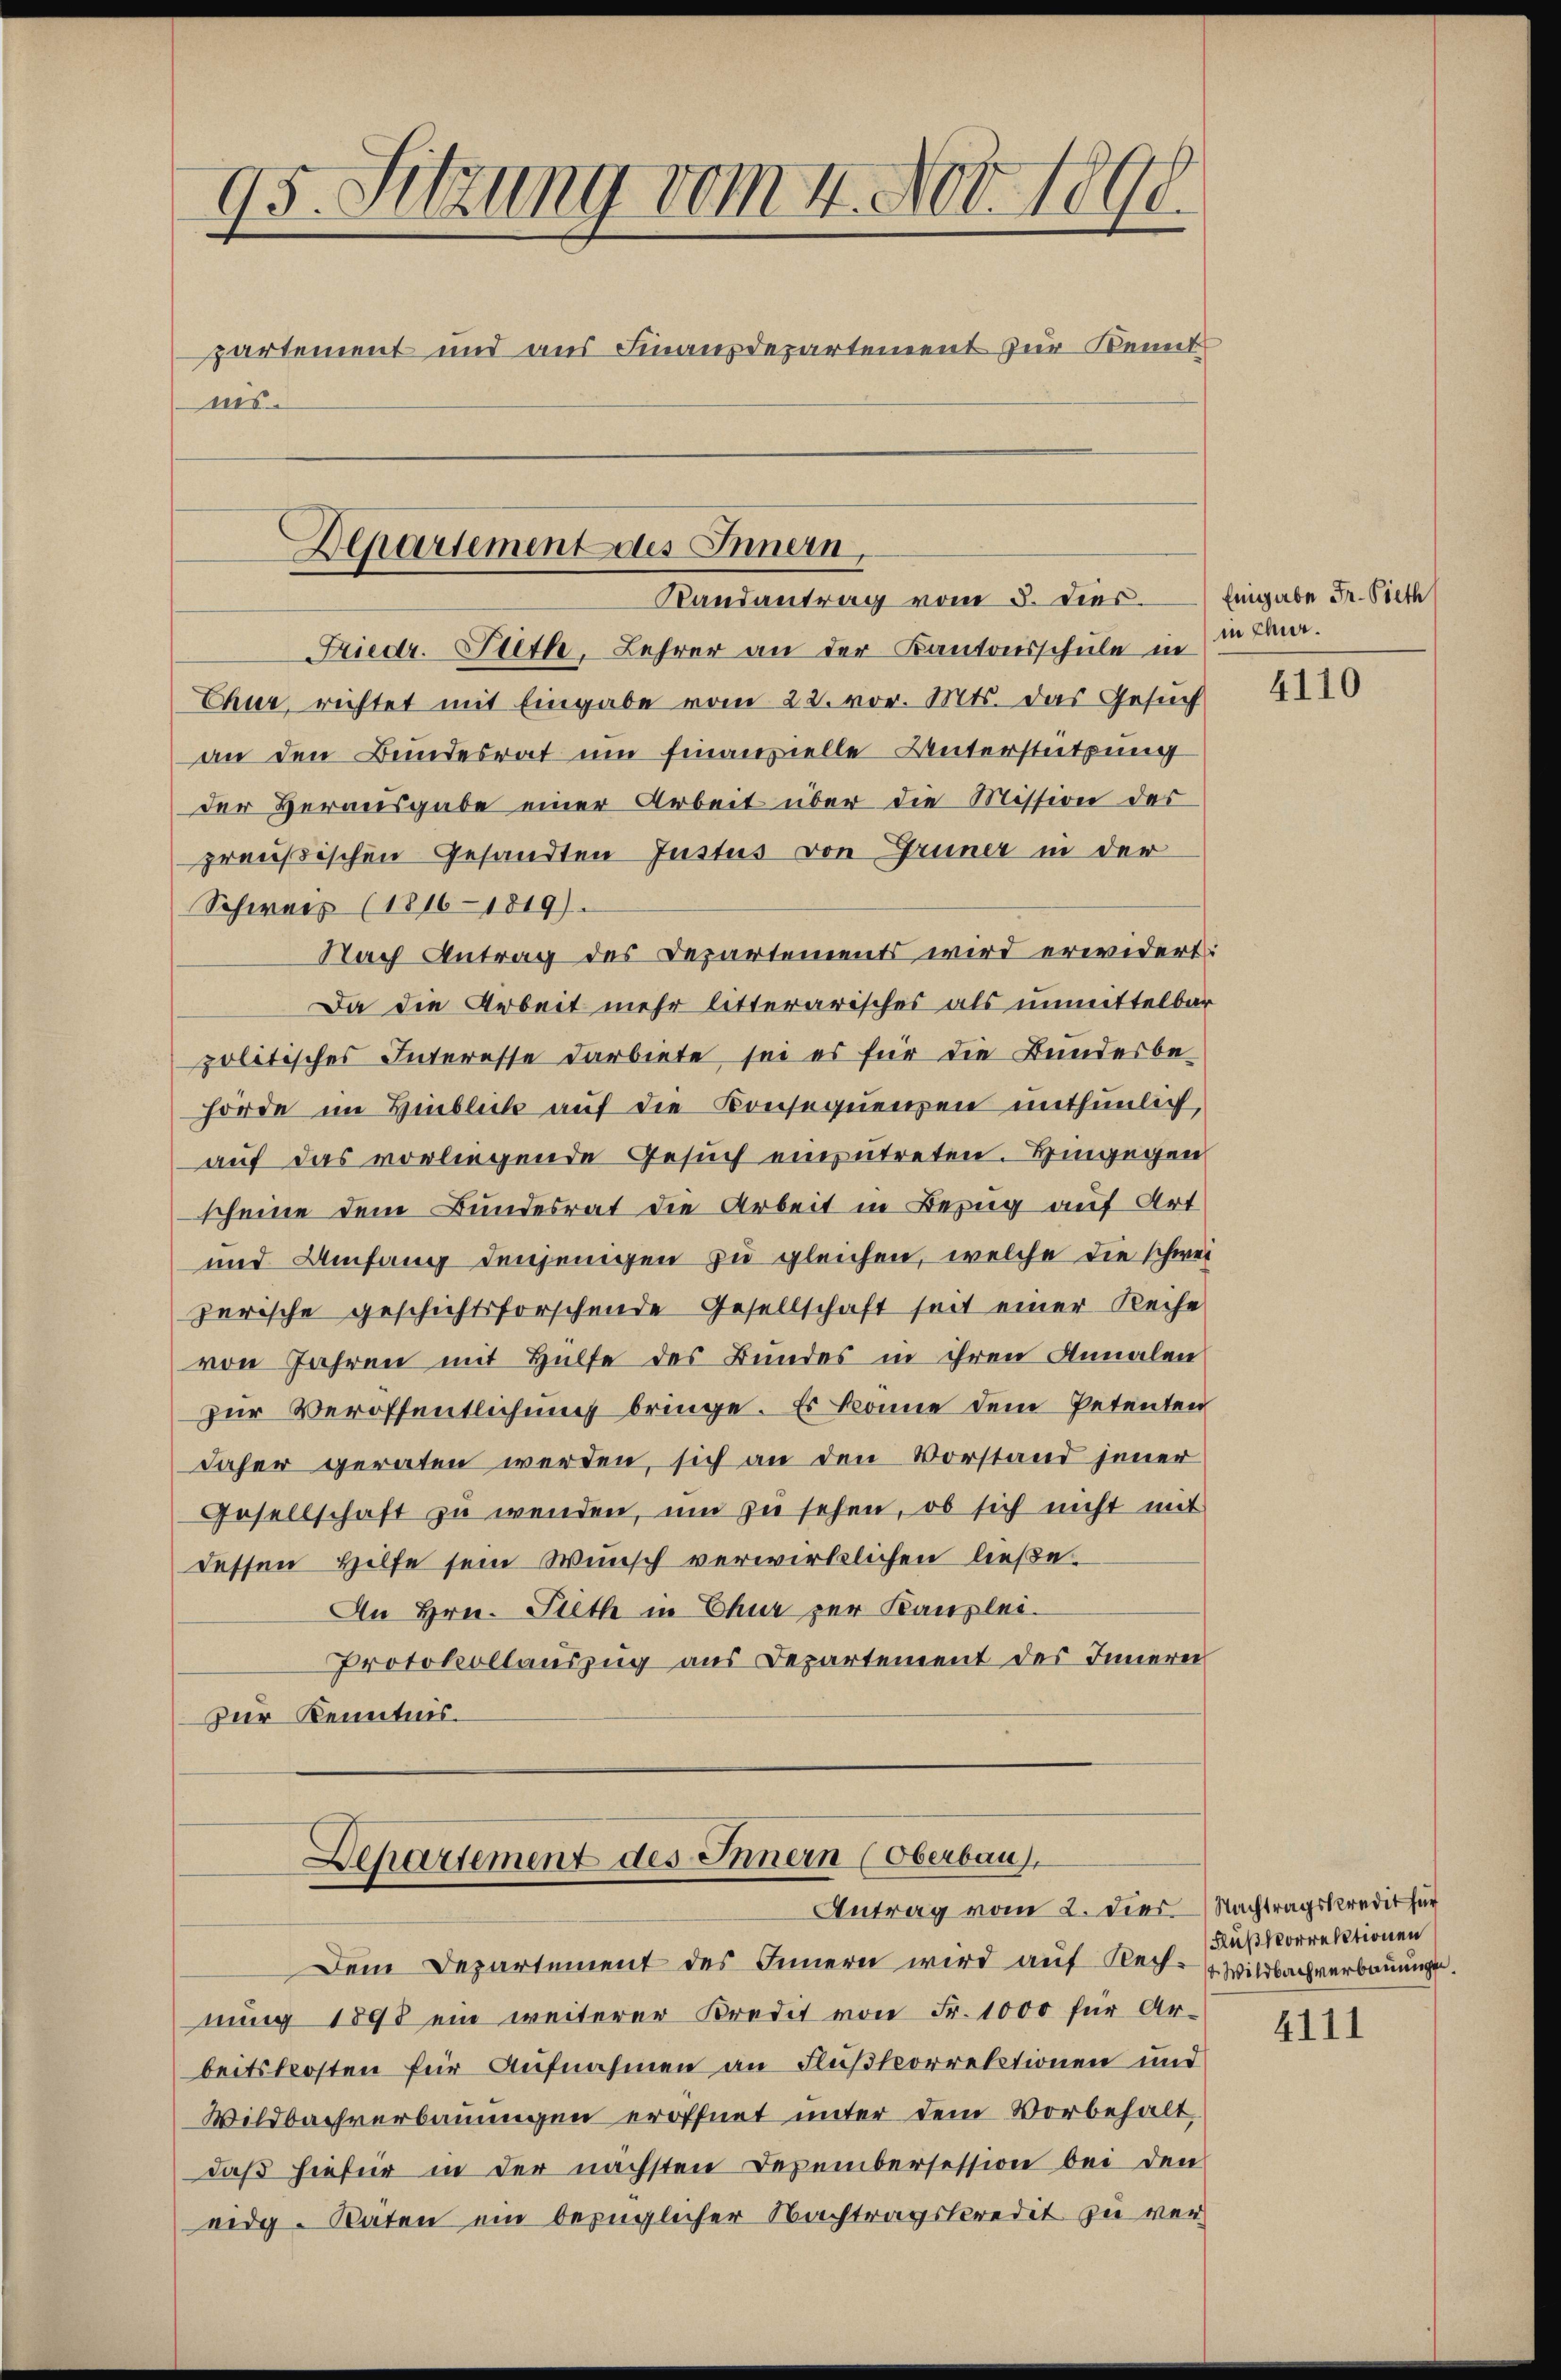
95. Sitzung vom 4. Nov. 1890.
partement und aus Finanzdepartement zur Kennt
nis

Departement des Innern,
Randantrag vom 8. dies

Friedr. Stith, Lehrer an der Kantonsschule in in Fr.
Chur, richtet mit Eingabe vom 22. vor. Mts. das Gesuch
an den Bundesrat um finanzielle Unterstützung
der Herausgabe einer Arbeit über die Mission des
preußischen Gesandten Justus von Grüner in der
Schwarz (1816–1819).
Nach Antrag des Departements wird erwidert
Da die Arbeit mehr litterarisches als unmittelbar
politisches Interesse darbiete sei es für die Bundesbe-
hörde im Hinblick auf die Konsequenzen unthunlich,
auf das vorliegende Gesuch einzutreten. Eingegen
scheine dem Bundesrat die Arbeit in Bezug auf Art
und Umfang denjenigen zu gleichen, welche die schwezerische geschichtsforschende Gesellschaft seit einer Reihe
von Jahren mit Hülfe des Bundes in ihren Annalen
zur Veröffentlichung bringe. Es könne dem Petenten
Jaher geraten werden, sich an den Vorstand jener
Gesellschaft zŭ wenden, um zu sehen, ob sich nicht mit
dessen Hilfe sein Wunsch verwirklichen ließe.
An Hrn. Peth in Chur per Kanzlei-
Protokollauszug aus Departement des Innerei
zur Kenntnis.
Departement des Innern (Oberbau
Antrag vom 2. Die Nachtragskredit für
Dem Departement des Innern wird aŭf Recht. Wildbach verbauungen.
nung 1898 ein weiterer Kredit von Fr. 1000 für Ar-
beitskosten für Aufnahmen an Flußkorrektionen und
Wildbachverbauungen eröffnet unter dem Vorbehalt,
daß hiefür in der nächsten Dezembersession bei den
eidg. Raten ein bezüglicher Nachtragskredit zu ver-

Eingabe Fr. Pieth

4110

Flußkorrektionen

4111